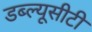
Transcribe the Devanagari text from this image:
डब्ल्यूसीटी